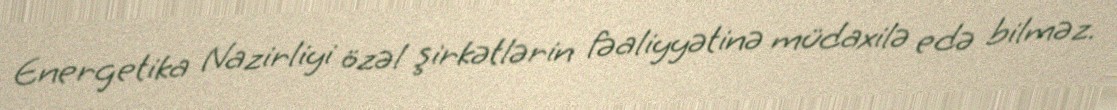
Energetika Nazirliyi özəl şirkətlərin fəaliyyətinə müdaxilə edə bilməz.